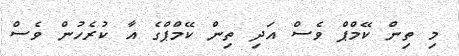
މި ތިން ކޭމްޕް ވެސް އަދި ތިން ކޭމްޕްގެ އާ ކުރެހުން ވެސް